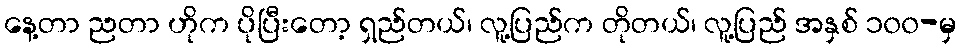
နေ့တာ ညတာ ဟိုက ပိုပြီးတော့ ရှည်တယ်၊ လူ့ပြည်က တိုတယ်၊ လူ့ပြည် အနှစ် ၁၀၀-မှ